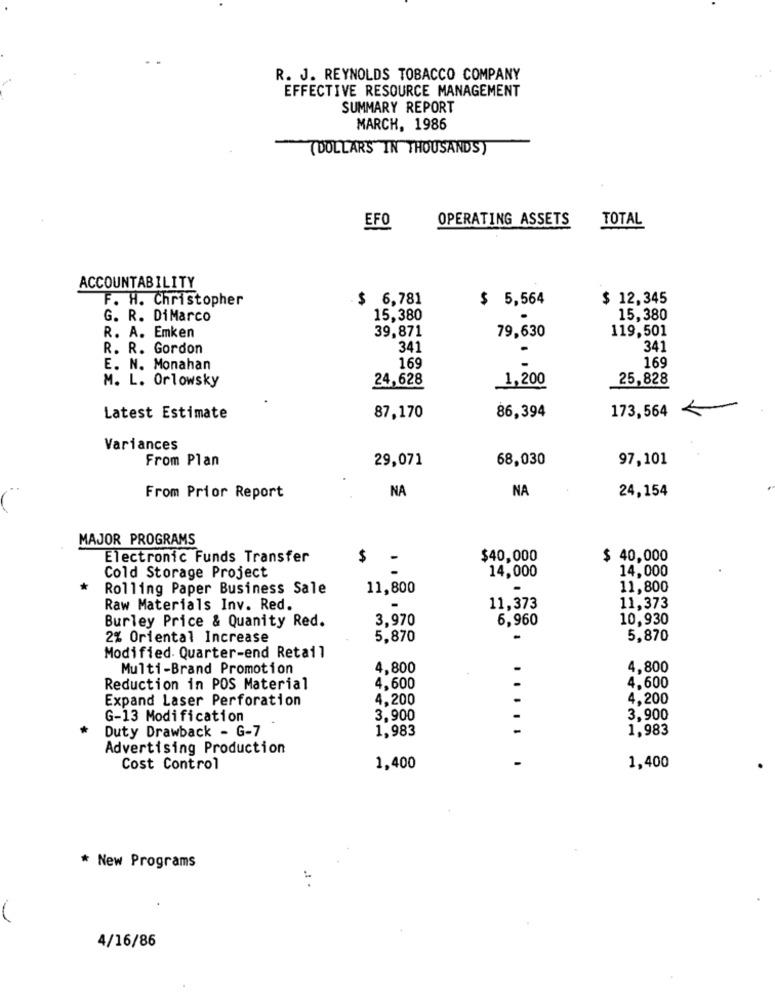
R. J. REYNOLDS TOBACCO COMPANY
EFFECTIVE RESOURCE MANAGEMENT
SUMMARY REPORT
MARCH, 1986
(DOLLARS IN THOUSANDS)
EFO
OPERATING ASSETS
TOTAL
ACCOUNTABILITY
F. H. Christopher
$ 6,781
$ 5,564
$ 12,345
G. R. DiMarco
15,380
15,380
39,871
119,501
R. A. Emken
79,630
R. R. Gordon
341
341
E. N. Monahan
169
169
M. L. Orlowsky
24,628
1,200
25,828
173,564
Latest Estimate
87,170
86,394
Variances
From Plan
29,071
68,030
97,101
NA
NA
24,154
From Prior Report
MAJOR PROGRAMS
Electronic Funds Transfer
$
$40,000
$ 40,000
-
14,000
14,000
Cold Storage Project
Rolling Paper Business Sale
11,800
-
11,800
Raw Materials Inv. Red.
11,373
11,373
Burley Price & Quanity Red.
3,970
6,960
10,930
2% Oriental Increase
5,870
5,870
Modified. Quarter-end Retail
Multi-Brand Promotion
4,800
4,800
Reduction in POS Material
4,600
4,600
Expand Laser Perforation
4,200
4,200
G-13 Modification
3.900
3,900
Duty Drawback - G-7
1.983
1.983
Advertising Production
Cost Control
1,400
1,400
* New Programs
4/16/86